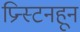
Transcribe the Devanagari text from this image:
प्रिन्स्टनहून